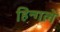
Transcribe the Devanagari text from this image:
हिन्गले